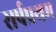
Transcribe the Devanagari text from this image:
सर्पप्रथम